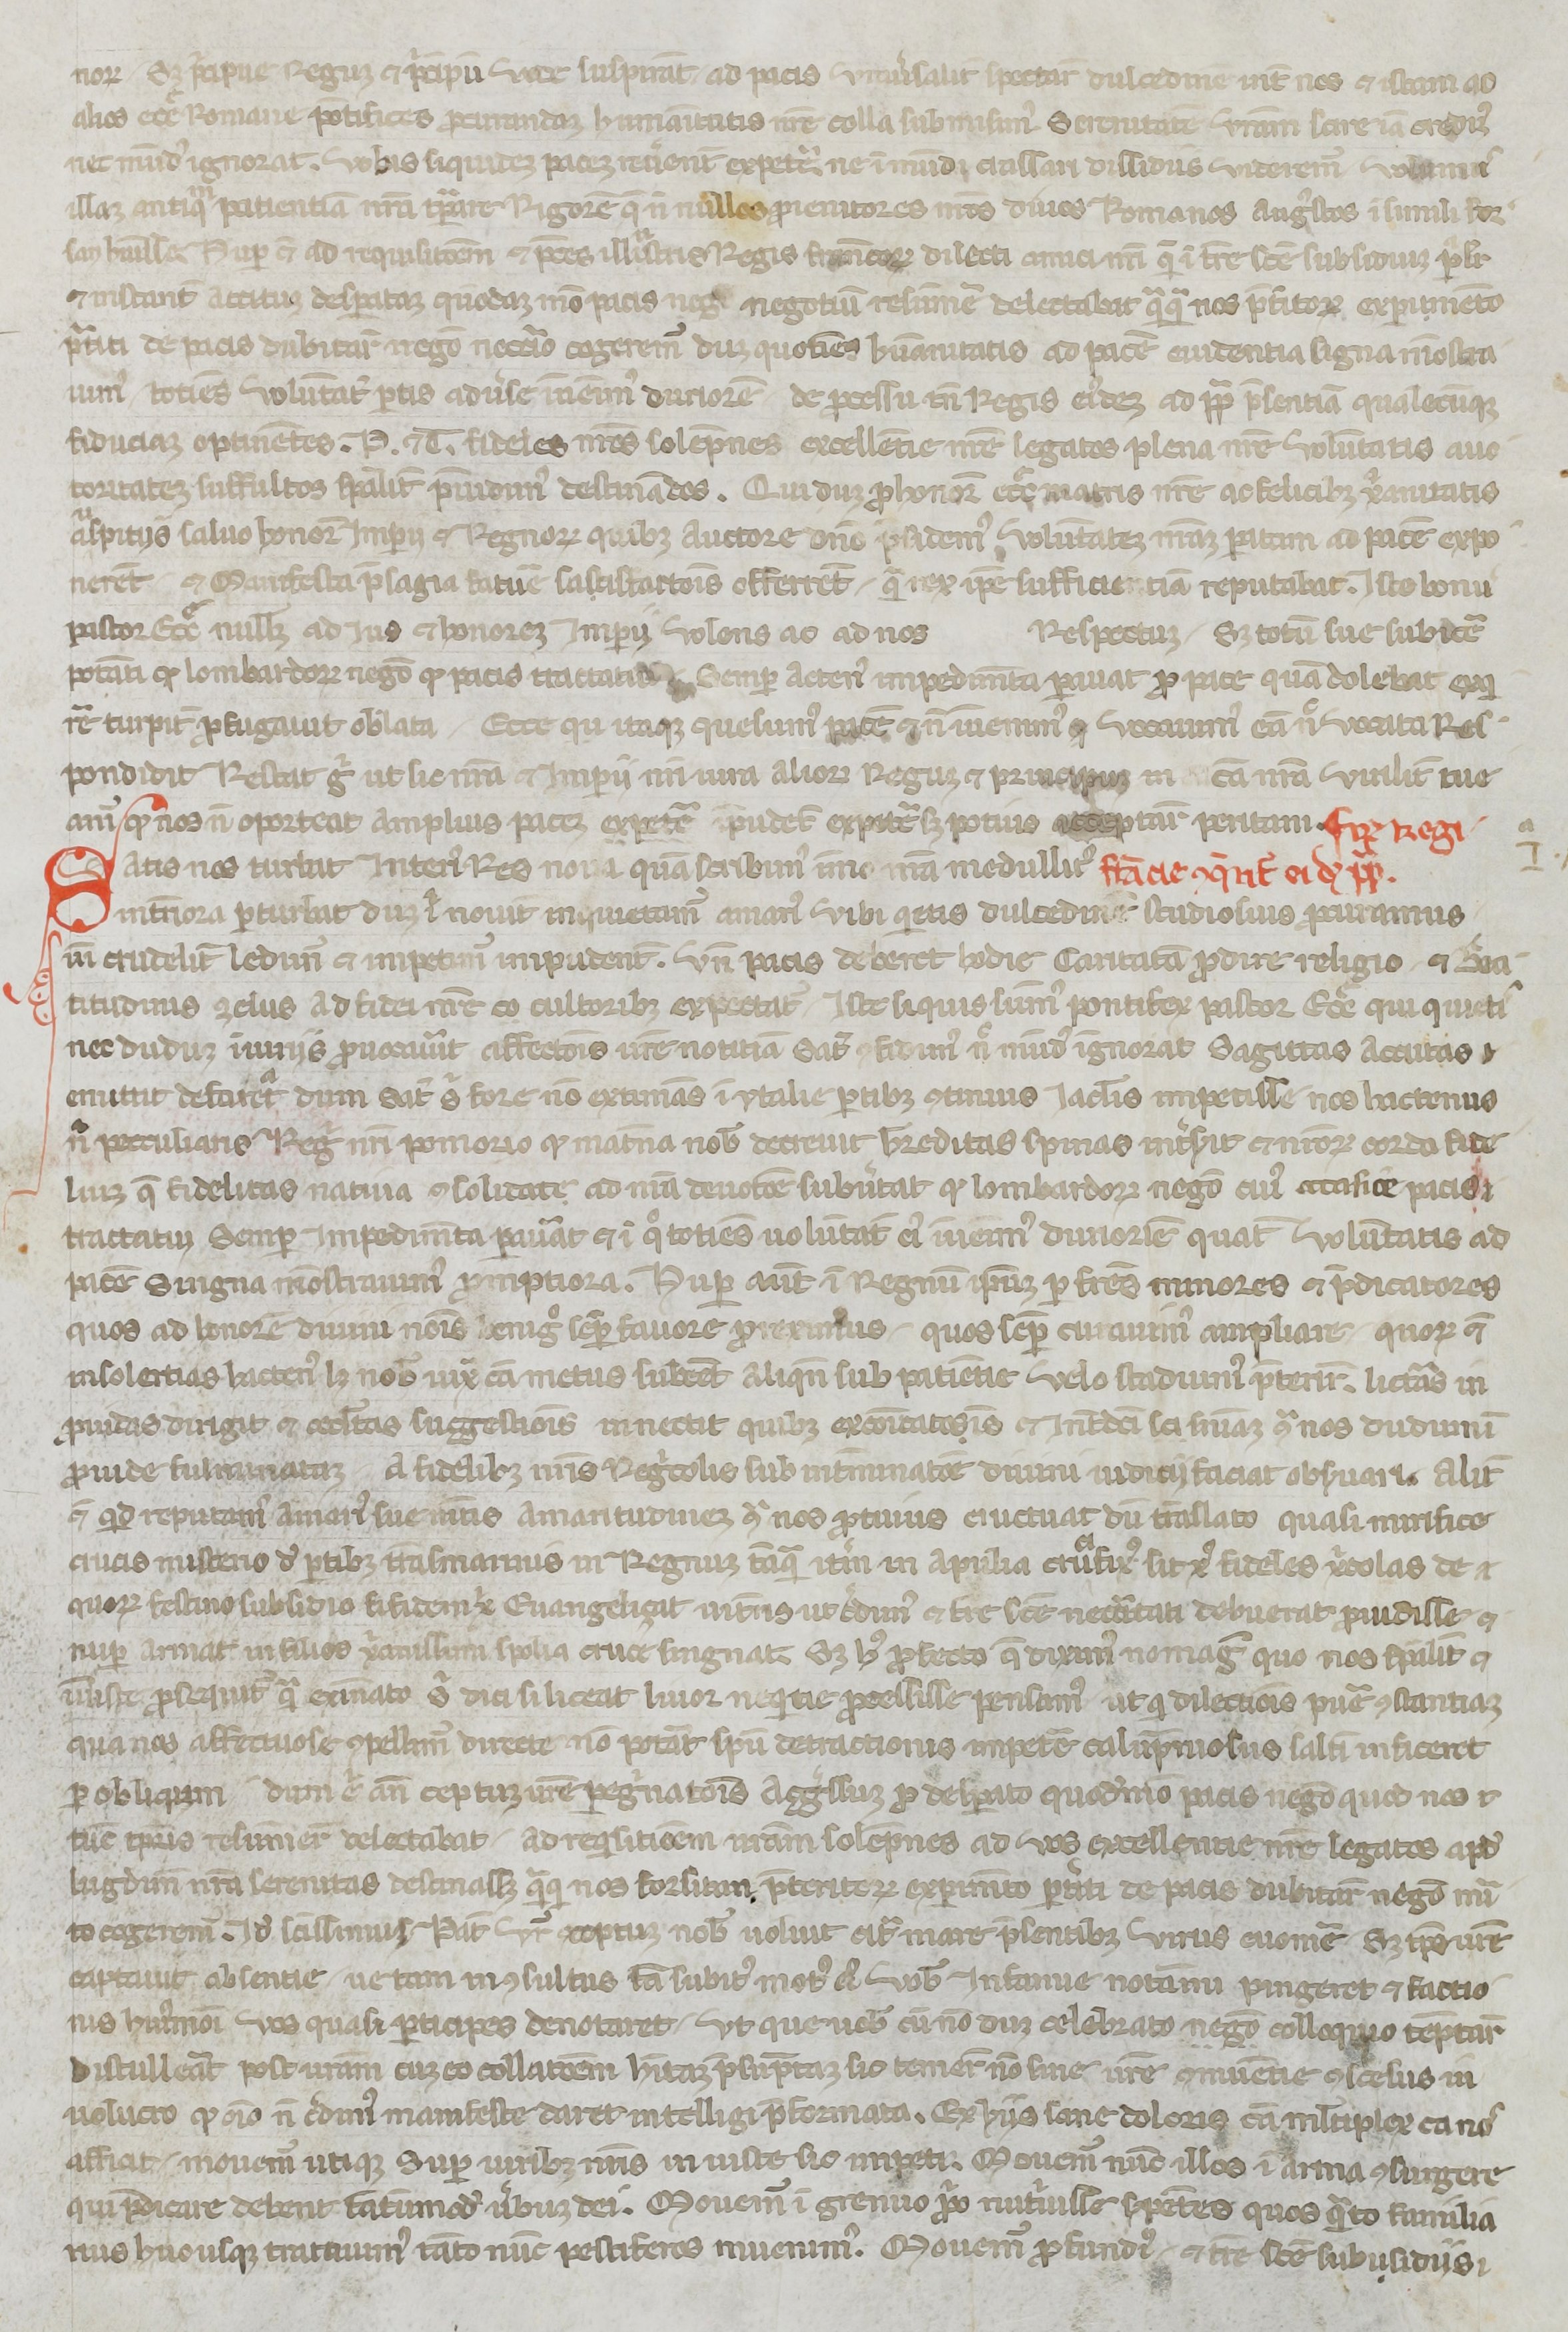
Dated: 1250–1299